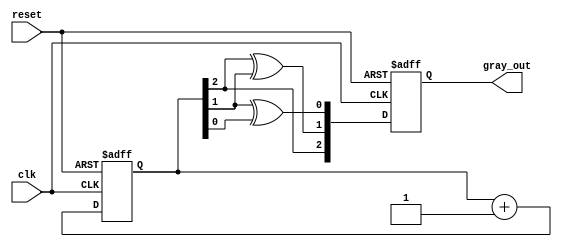
module gray_code_async_counter (
    input wire clk,           // Clock signal
    input wire reset,         // Asynchronous reset signal
    output reg [2:0] gray_out // 3-bit Gray code output
);

// Internal binary representation (3 bits)
reg [2:0] binary_count;

// Combinational logic to convert binary to Gray code
function [2:0] binary_to_gray;
    input [2:0] binary;
    begin
        binary_to_gray = {binary[2], binary[2] ^ binary[1], binary[1] ^ binary[0]};
    end
endfunction

// Asynchronous reset and counting
always @(posedge clk or posedge reset) begin
    if (reset) begin
        // Asynchronous reset to 000 (Gray code)
        gray_out <= 3'b000;
        binary_count <= 3'b000;
    end else begin
        // Increment binary_count
        binary_count <= binary_count + 1;

        // Convert binary_count to Gray code
        gray_out <= binary_to_gray(binary_count);
    end
end

endmodule